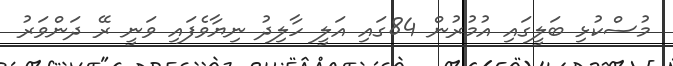
މުސްކުޅި ބަލީގައި އުމުރުން 84ގައި އަލީ ހާލިދު ނިޔާވެފައި ވަނީ ރޭ ދަންވަރު